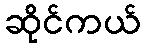
ဆိုင်ကယ်